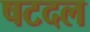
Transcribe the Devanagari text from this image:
षटदल